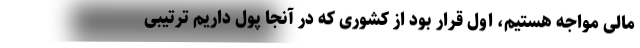
مالی مواجه هستیم، اول قرار بود از کشوری که در آنجا پول داریم ترتیبی